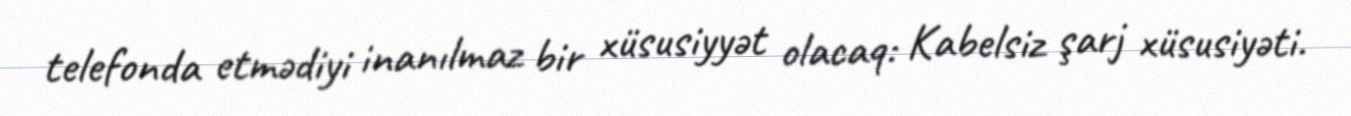
telefonda etmədiyi inanılmaz bir xüsusiyyət olacaq: Kabelsiz şarj xüsusiyəti.